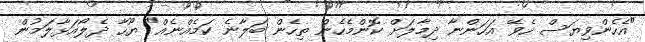
"އެހެންވިޔަސް ހެވޭ އަހަންނާ ދިމާލަށް ކޮންމެހެން ތިހެން ބަލާނެ ކަމެއްނެއް" ޔޫހާ ދެލޯއަޅާލަމުން